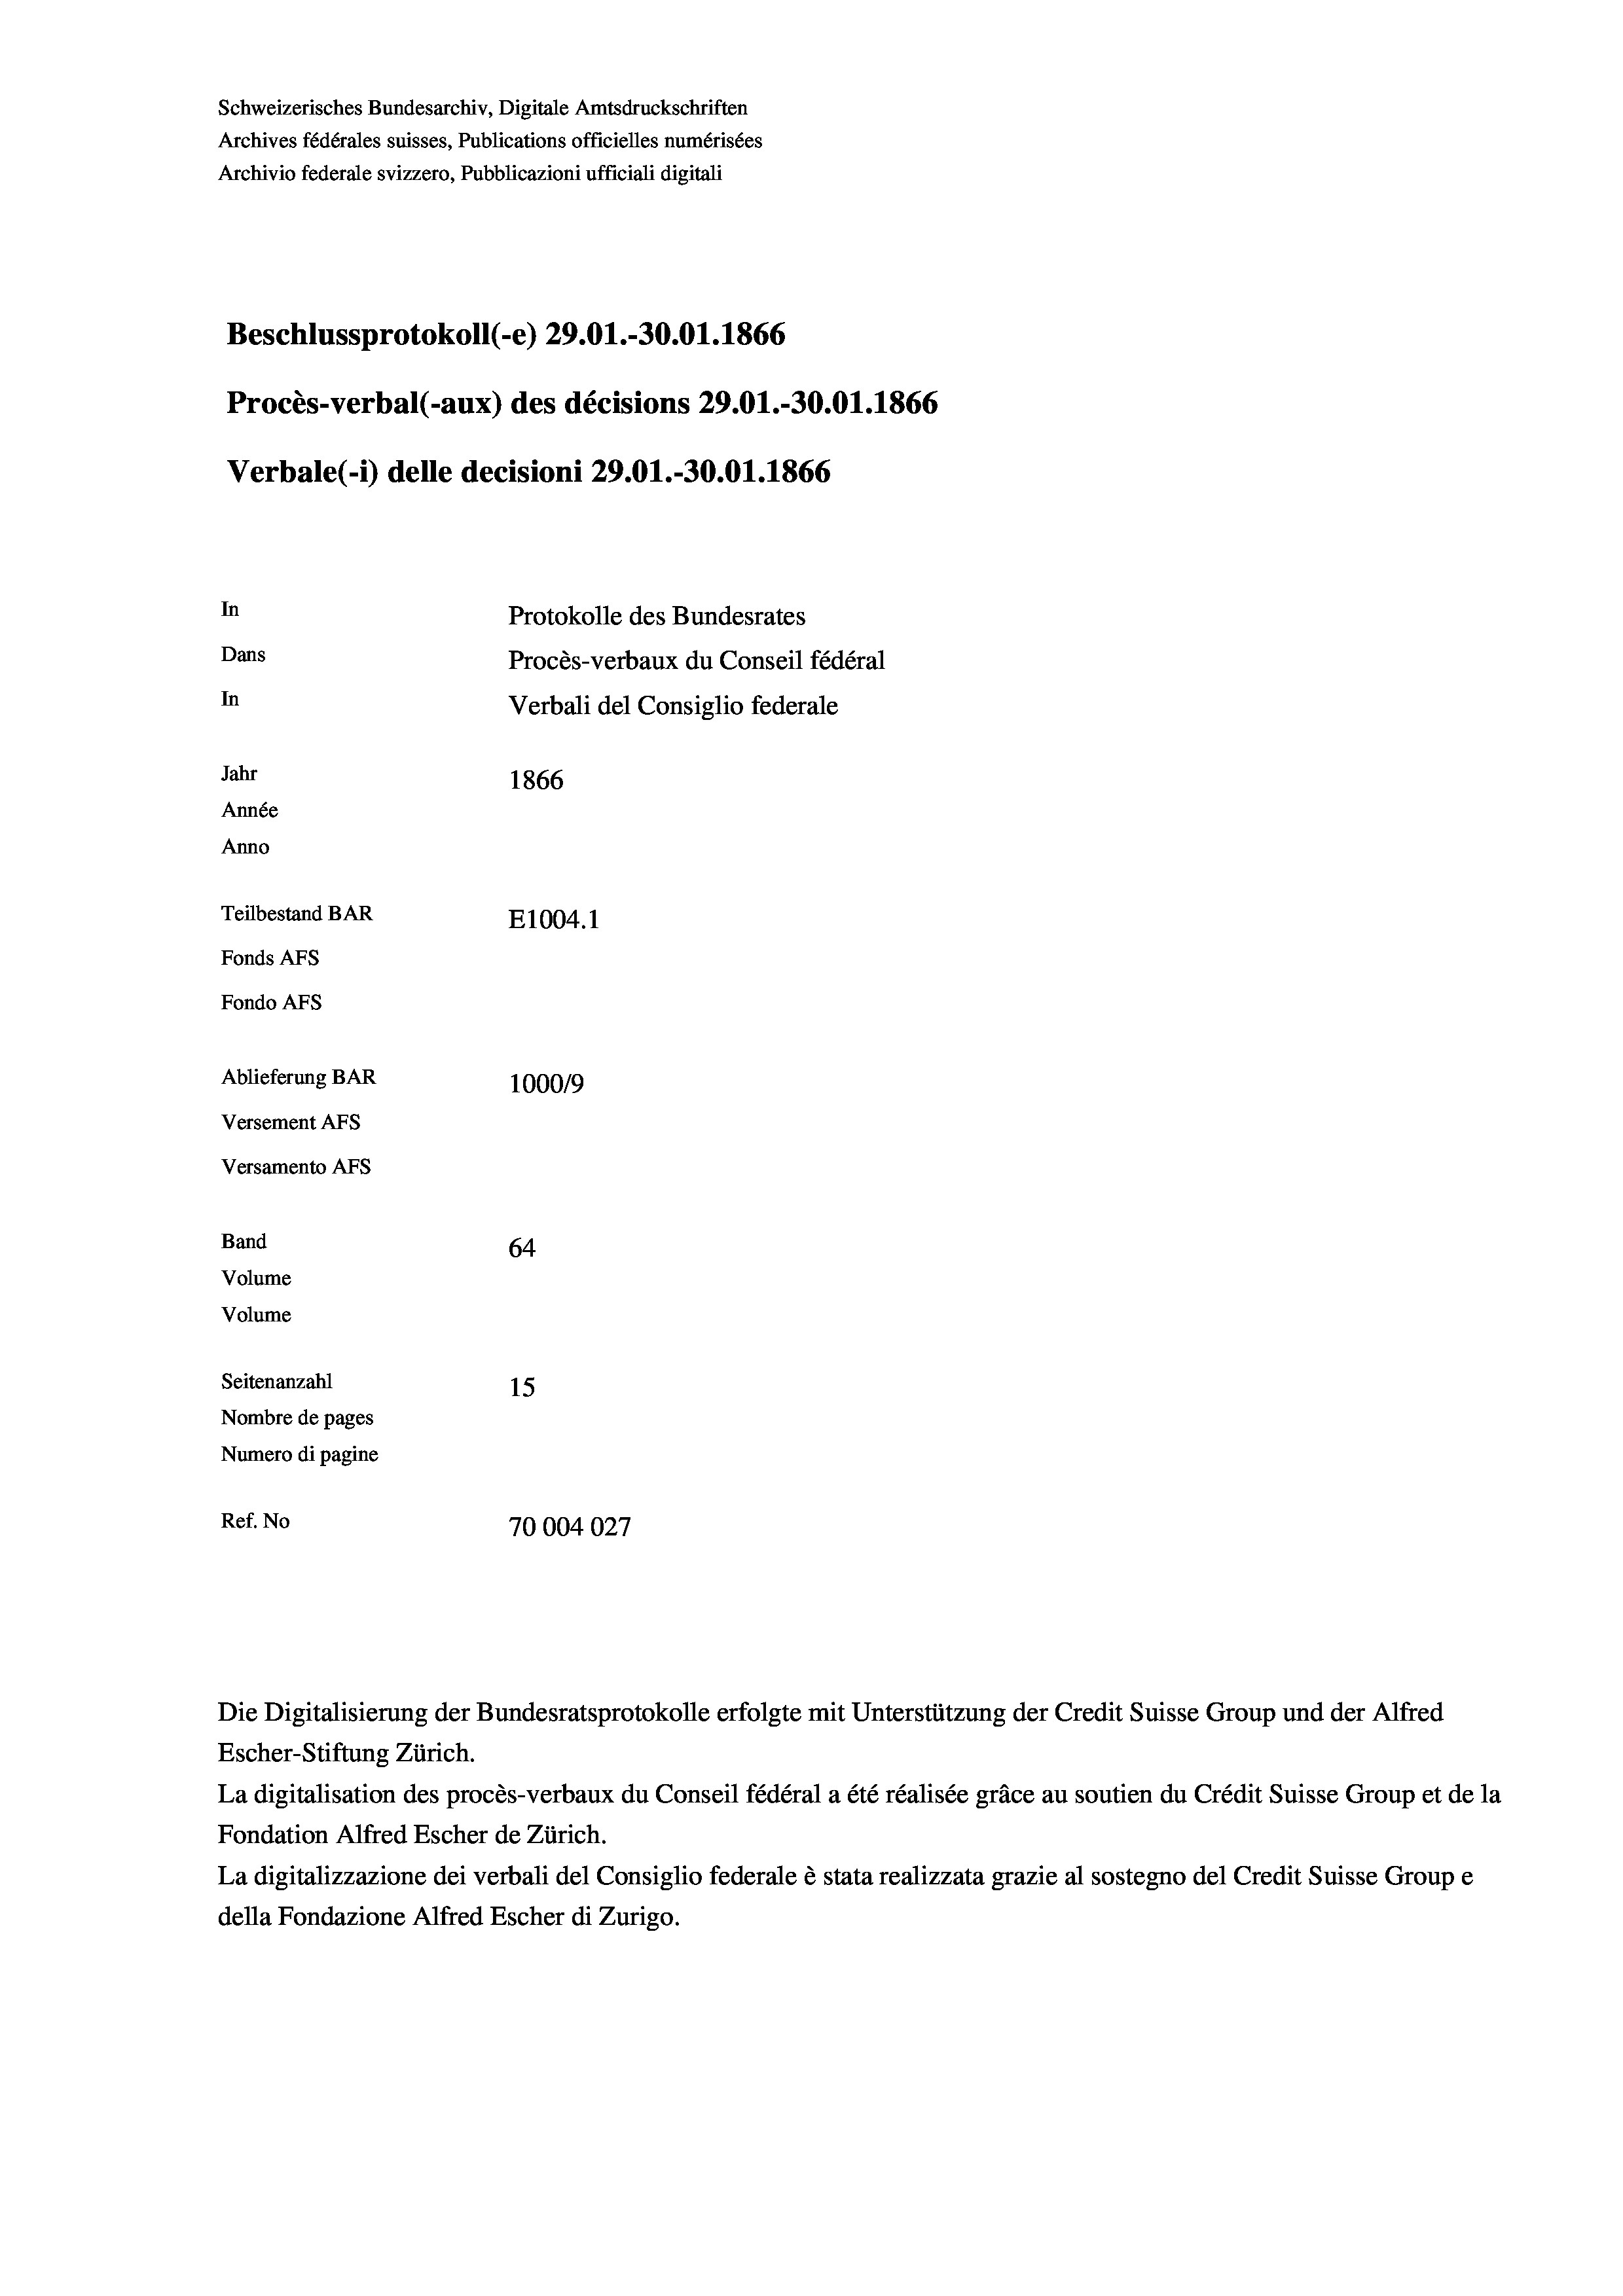
Schweizerisches Bundesarchiv, Digitale Amtsdruckschriften
Archives fédérales suisses, Publications officielles numérisées
Archivio federale svizzero, Pubblicazioni ufficiali digitali
Beschlussprotokoll (-e) 29.01.-30.01.1866
Procès-verbal (-aux) des décisions 29.01.-30.01.1866
Verbale(-*) delle decisioni 29.01.-30.01. 1866
In
Protokolle des Bundesrates
Dans
Procès-verbaux du Conseil fédéral
In
Verbali del Consiglio federale
Jahr
1866
Année
Anno
Teilbestand BAR
E1004.1
Fonds AFs
Fondo Afs
Ablieferung BAR
100019
Versement AFs
Versamento Afs
Band
64
Volume
Volume

Seitenanzahl
15
Nombre de pages
Numero di pagine
Ref. No
70004027

Escher-Stiftung Zürich.
La digitalisation des procès-verbaux du Conseil fédéral a été réalisée gräce au soutien du Crédit Suisse Group et de la
Fondation Alfred Escher de Zürich.
La digitalizzazione dei verbali del Consiglio federale è stata realizzata grazie al sostegno del Credit Suisse Groupe
della Fondazione Alfred Escher di Zurigo.

Die Digitalisierung der Bundesratsprotokolle erfolgte mit Unterstützung der Credit Suisse Group und der Alfred